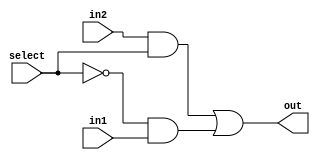
module mux_2x1(out, in1, in2, select);
input in1, in2;
input select;
output out;
wire a,b, notSelect;

and first_select(a, in2, select);
not reverse_select(notSelect, select);
and second_select(b, notSelect, in1);
or out_select(out, a, b);

endmodule